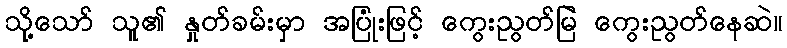
သို့သော် သူ၏ နှုတ်ခမ်းမှာ အပြုံးဖြင့် ကွေးညွတ်မြဲ ကွေးညွတ်နေဆဲ။